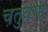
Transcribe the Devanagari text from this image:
चतुर्वेगों